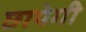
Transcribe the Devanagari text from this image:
छापेगी